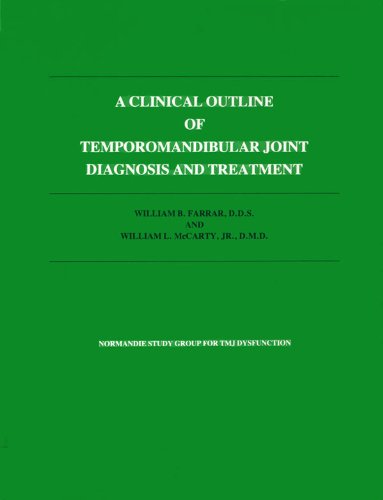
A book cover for A clinical outline of temporomandibular joint diagnosis and treatment; William B Farrar; Medical Books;